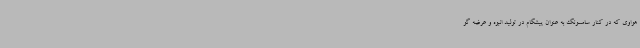
هواوی که در کنار سامسونگ به عنوان پیشگام در تولید انبوه و عرضه گو